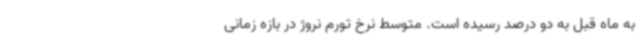
به ماه قبل به دو درصد رسیده است. متوسط نرخ تورم نروژ در بازه زمانی